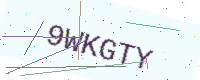
Text: 9WKGTY